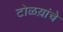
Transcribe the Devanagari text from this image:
टोळय़ांचे